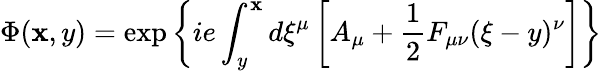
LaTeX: \Phi(\mathbf{x},y)=\exp\left\{ ie\int_{y}^{\mathbf{x}}d\xi^{\mu}\left[A_{\mu}+{\frac{{1}}{{2}}}F_{\mu\nu}(\xi-y)^{\nu}\right]\right\}